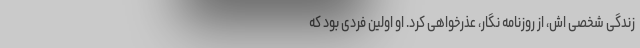
زندگی شخصی اش، از روزنامه نگار، عذرخواهی کرد. او اولین فردی بود که